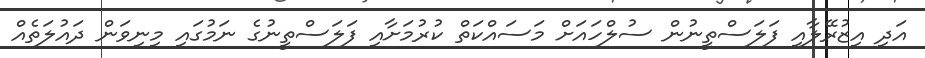
އަދި އިޒުރޭލާއި ފަލަސްތީނުން ސުލްހައަށް މަސައްކަތް ކުރުމަށާއި ފަލަސްތީނުގެ ނަމުގައި މިނިވަން ދައުލަތެއް